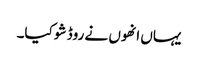
یہاں انھوں نے روڈ شو کیا۔